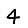
Digit: 4